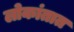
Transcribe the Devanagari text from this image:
लोकांतात